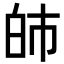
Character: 𤽌